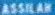
ASSILAR